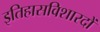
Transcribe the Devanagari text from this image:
इतिहासविशारदों